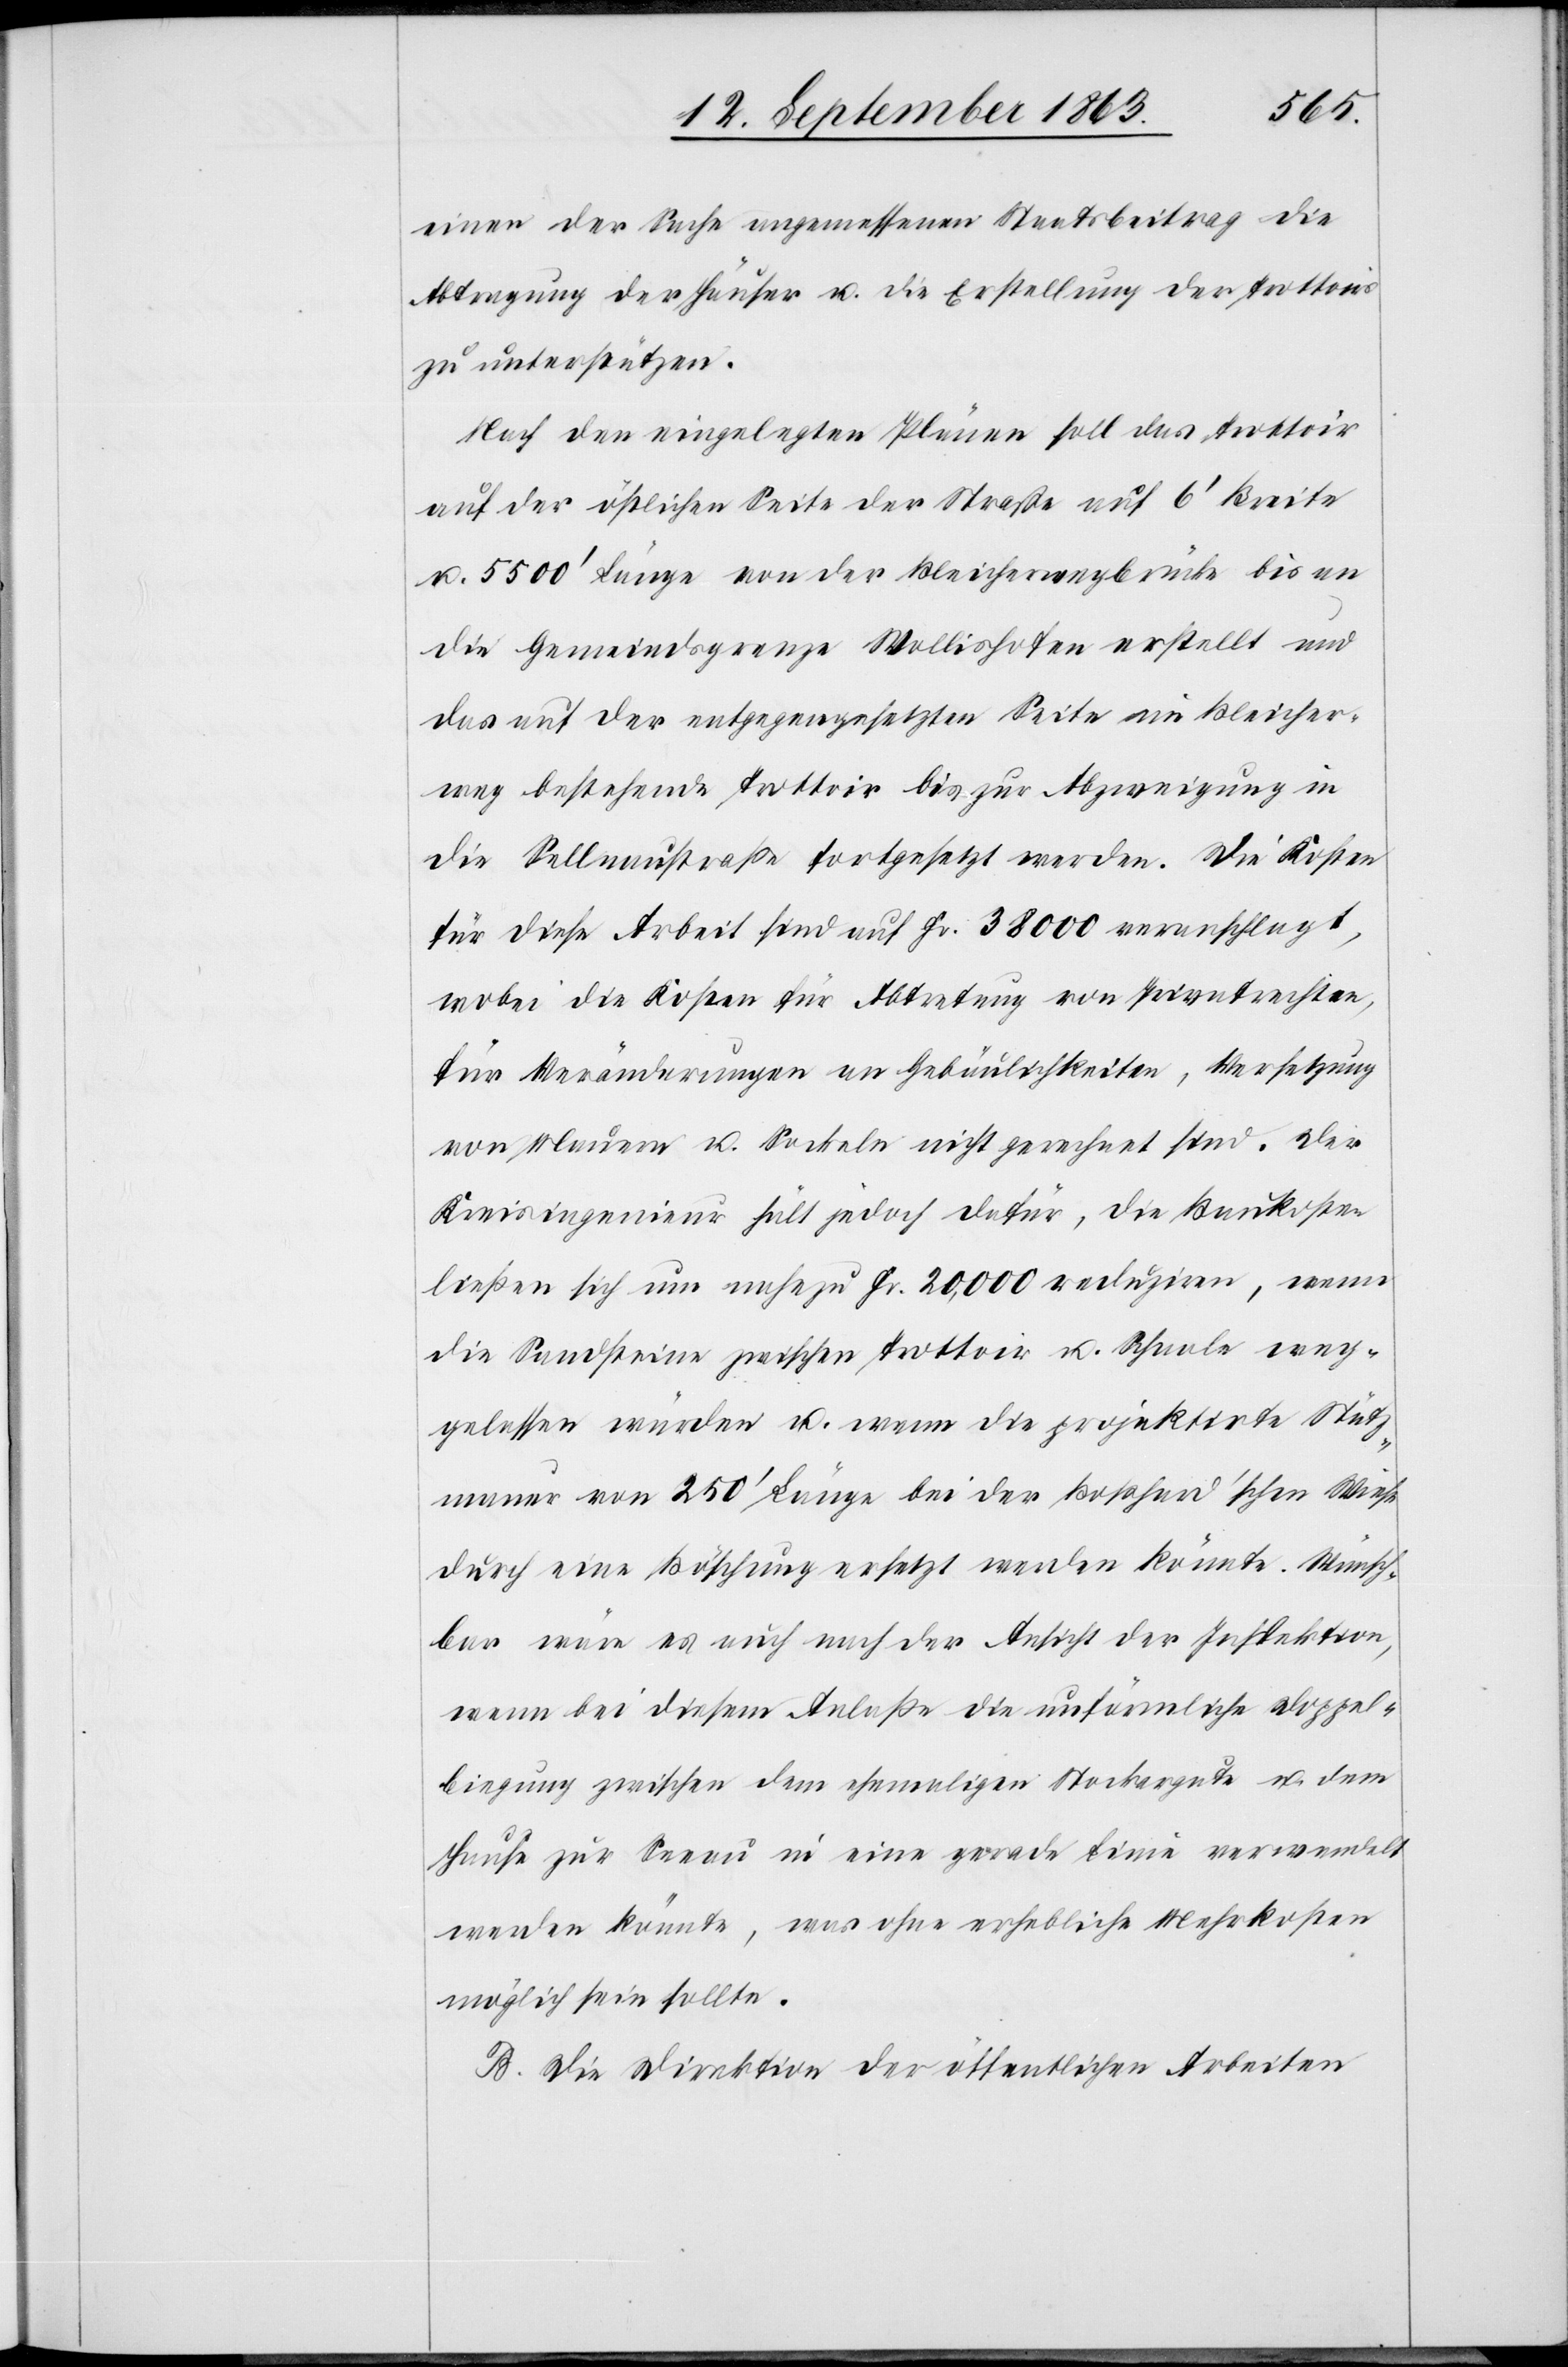
einen der Sache angemessenen Staatsbeitrag die
Abtragung der Häuser u. die Erstellung der Trottoirs
zu unterstützen.
Nach den eingelegten Plänen soll das Trottoir
auf der östlichen Seite der Straße auf 6' Breite
u. 5500' Länge von der Bleicherwegbrücke bis an
die Gemeindsgrenze Wollishofen erstellt und
das auf der entgegengesetzten Seite im Bleicher¬
weg bestehende Trottoir bis zur Abzweigung in
die Sellnaustraße fortgesetzt werden. Die Kosten
für diese Arbeit sind auf Fr. 38 000 veranschlagt,
wobei die Kosten für Abtretung von Privatrechten,
für Veränderungen an Gebäulichkeiten, Versetzung
von Mauern u. Sockeln nicht gerechnet sind. Der
Kreisingenieur hält jedoch dafür, die Baukosten
ließen sich um nahezu Fr. 20,000 reduziren, wenn
die Sandsteine zwischen Trottoir u. Schaale weg¬
gelassen würden u. wenn die projektirte Stütz¬
mauer von 250' Länge bei der Boßhard'schen Wiese
durch eine Böschung ersetzt werden könnte. Wünsch¬
bar wäre es auch nach der Ansicht der Inspektion,
wenn bei diesem Anlaße die unförmliche Doppel¬
biegung zwischen dem ehemaligen Stockergute u. dem
Hause zur Seeau in eine gerade Linie verwandelt
werden könnte, was ohne erhebliche Mehrkosten
möglich sein sollte.
B. Die Direktion der öffentlichen Arbeiten